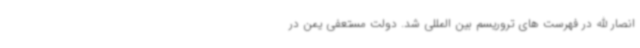
انصار الله در فهرست های تروریسم بین المللی شد. دولت مستعفی یمن در